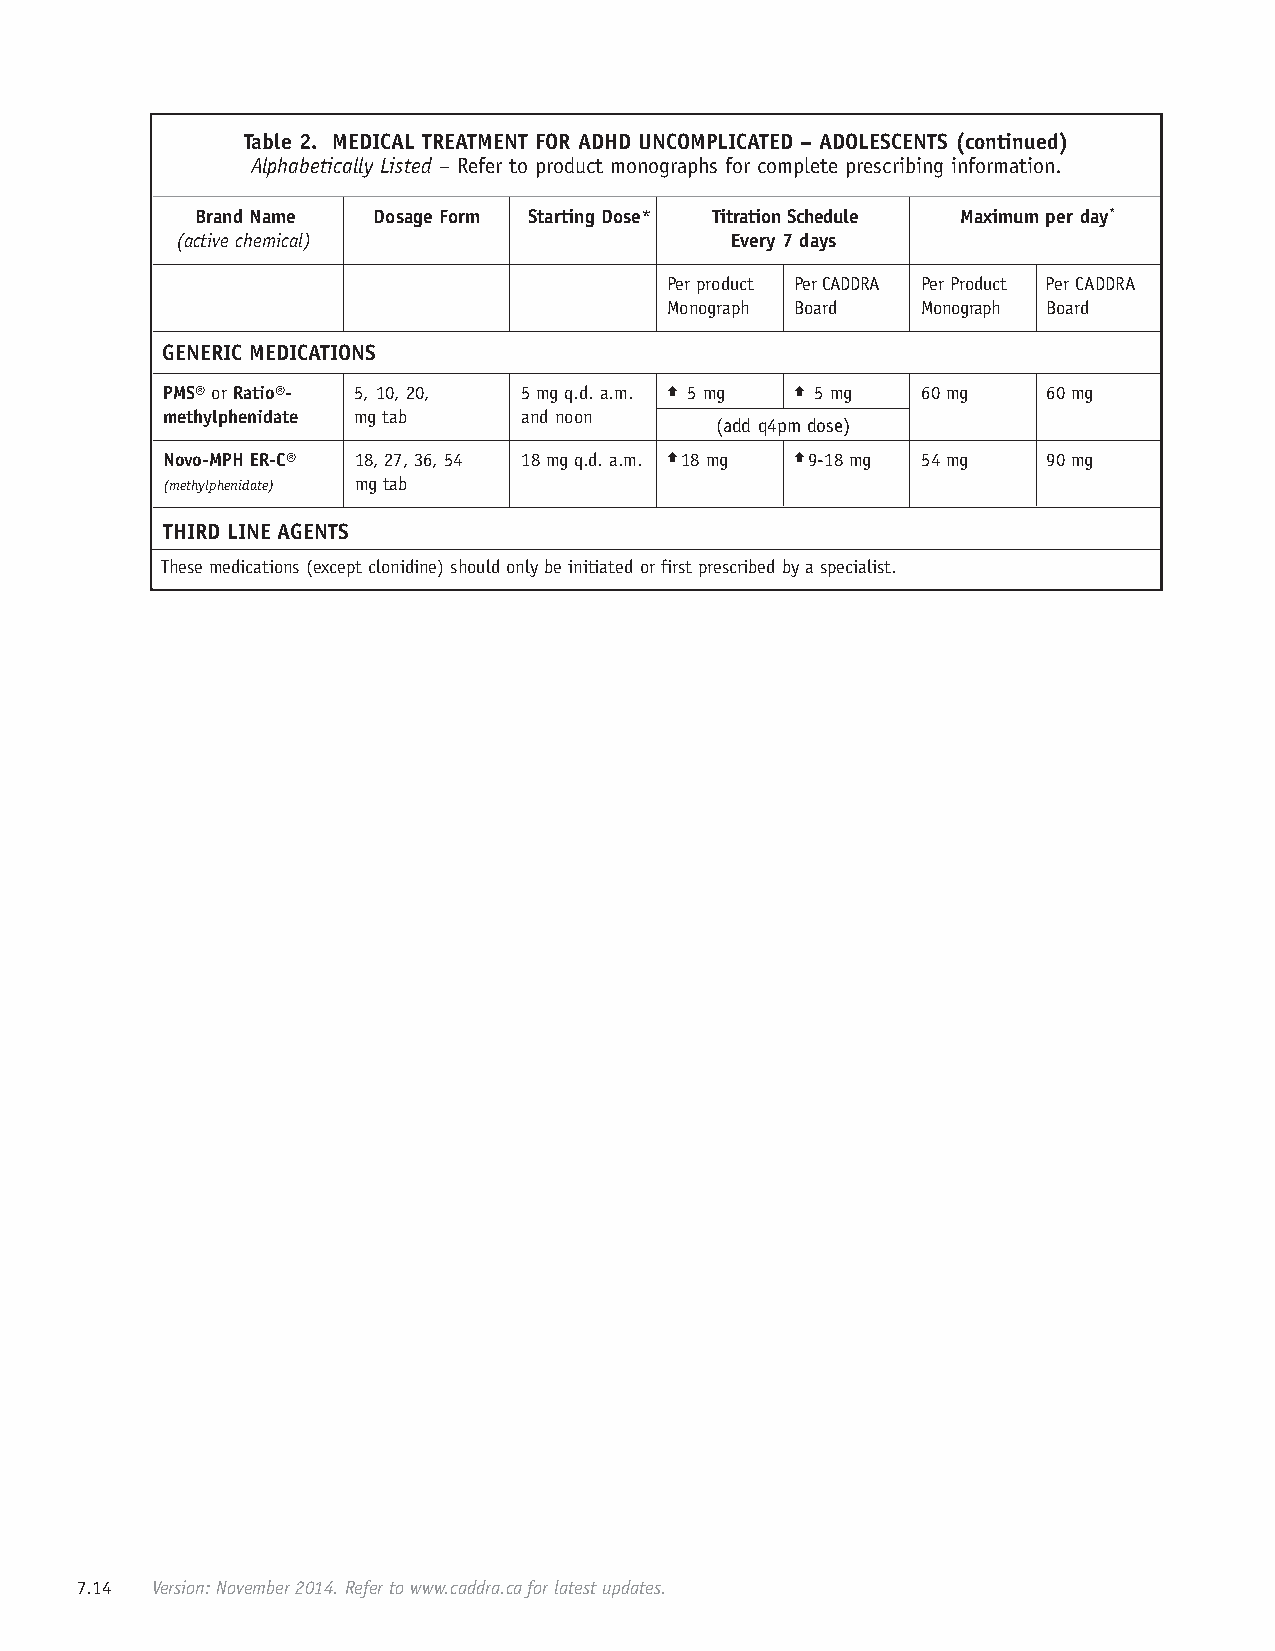
Table 2. MEDICAL TREATMENT FOR ADHD UNCOMPLICATED – ADOLESCENTS (continued)
 Alphabetically Listed – Refer to product monographs for complete prescribing information.
 Brand Name  Dosage Form Starting Dose* Titration Schedule Maximum per day*
 (active chemical)                   Every 7 days
 Per product Per CADDRA Per Product Per CADDRA
 Monograph Board  Monograph Board
 GENERIC MEDICATIONS
 PMS® or Ratio®- 5, 10, 20, 5 mg q.d. a.m. r 5 mg r 5 mg 60 mg 60 mg
 methylphenidate mg tab  and noon
 (add q4pm dose)
 Novo-MPH ER-C® 18, 27, 36, 54 18 mg q.d. a.m. r18 mg r9-18 mg 54 mg 90 mg
 (methylphenidate) mg tab
 THIRD LINE AGENTS
 These medications (except clonidine) should only be initiated or first prescribed by a specialist.
 7.14 Version: November 2014. Refer to www.caddra.ca for latest updates.